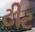
ટીટ